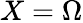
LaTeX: X=\Omega